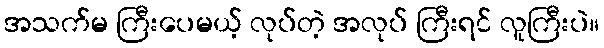
အသက်မ ကြီးပေမယ့် လုပ်တဲ့ အလုပ် ကြီးရင် လူကြီးပဲ။